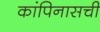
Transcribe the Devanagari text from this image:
कांपिनासची